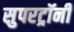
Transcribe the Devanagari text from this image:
सुपरट्रॉनी